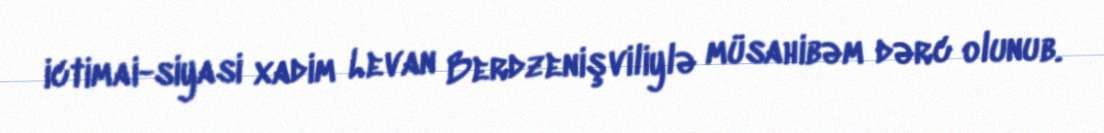
ictimai-siyasi xadim Levan Berdzenişviliylə müsahibəm dərc olunub.